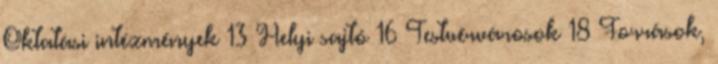
Oktatási intézmények 13 Helyi sajtó 16 Testvérvárosok 18 Források,